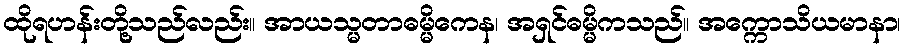
ထိုရဟန်းတို့သည်လည်း။ အာယသ္မတာဓမ္မိကေန၊ အရှင်ဓမ္မိကသည်။ အက္ကောသိယမာနာ၊